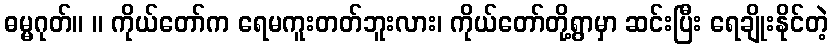
ဓမ္မဂုတ်။ ။ ကိုယ်တော်က ရေမကူးတတ်ဘူးလား၊ ကိုယ်တော်တို့ရွာမှာ ဆင်းပြီး ရေချိုးနိုင်တဲ့